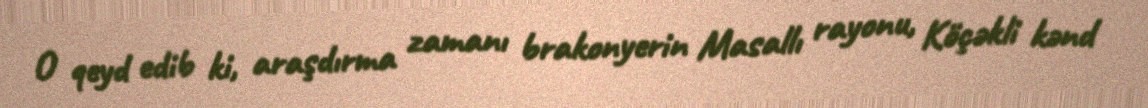
O qeyd edib ki, araşdırma zamanı brakonyerin Masallı rayonu, Köçəkli kənd